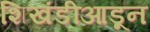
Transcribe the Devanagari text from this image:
शिखंडीआडून